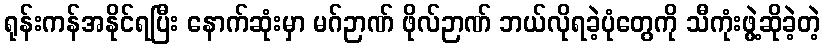
ရုန်းကန်အနိုင်ရပြီး နောက်ဆုံးမှာ မဂ်ဉာဏ် ဖိုလ်ဉာဏ် ဘယ်လိုရခဲ့ပုံတွေကို သီကုံးဖွဲ့ဆိုခဲ့တဲ့